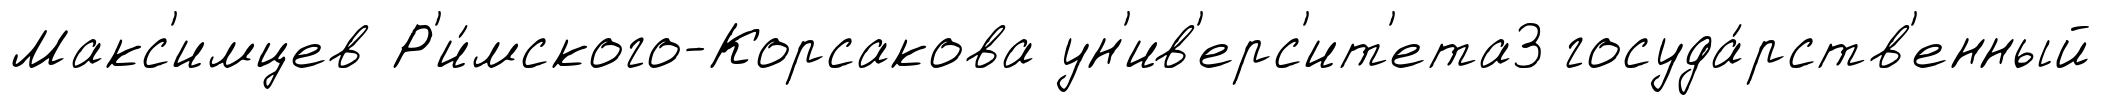
Макс'имцев Р'и́мского-Корсакова ун'ив'ерс'ит'ета3 госуда́рств'енный